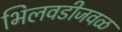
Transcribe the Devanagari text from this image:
भिलवडीजवळ